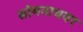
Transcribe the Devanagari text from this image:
सोमनाथवर